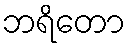
ဘရိတော